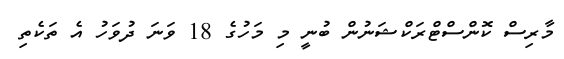
މާރިސް ކޮންސްޓްރަކްޝަނުން ބުނީ މި މަހުގެ 18 ވަނަ ދުވަހު އެ ތަކެތި